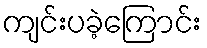
ကျင်းပခဲ့ကြောင်း